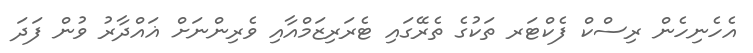
އެހެނިހެން ރިސްކް ފެކްޓަރ ތަކުގެ ތެރޭގައި ޓެރަރިޒަމްއާއި ވެރިންނަށް ޣައްދާރު ވުން ފަދަ